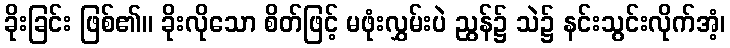
ခိုးခြင်း ဖြစ်၏။ ခိုးလိုသော စိတ်ဖြင့် မဖုံးလွှမ်းပဲ ညွန်၌ သဲ၌ နင်းသွင်းလိုက်အံ့၊